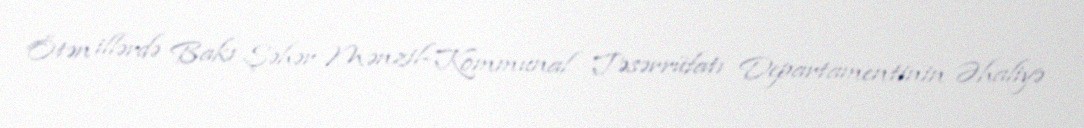
Ötən illərdə Bakı Şəhər Mənzil-Kommunal Təsərrüfatı Departamentinin Əhaliyə